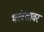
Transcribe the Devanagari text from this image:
भरंवशावर